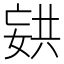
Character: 𫱏